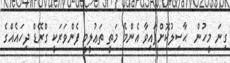
ގިނަ މީހުން  ޙާސިލުކޮށްފައިވާ އެންމެ މަތީ ތަޢުލީމީ ފެންވަރަކީ ގްރޭޑް ދިހައެއްގެ